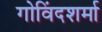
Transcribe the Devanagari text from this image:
गोविंदशर्मा